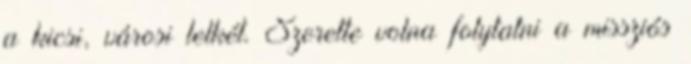
a kicsi, városi lelkét. Szerette volna folytatni a missziós